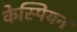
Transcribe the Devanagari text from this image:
केस्पियन